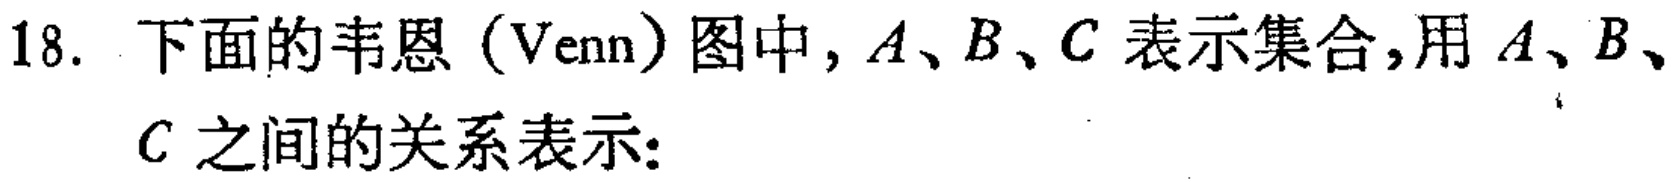
18. 下面的韦恩（Venn）图中，$A、B、C$ 表示集合，用 $A、B、C$ 之间的关系表示：